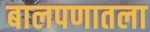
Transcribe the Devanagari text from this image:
बालपणातला